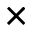
\times